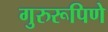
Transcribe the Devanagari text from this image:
गुरुरूपिणे